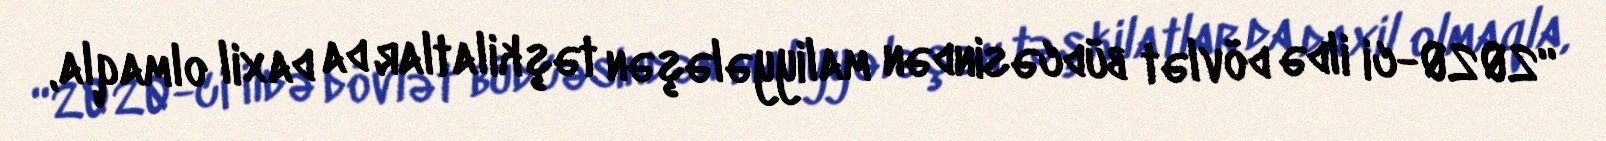
“2020-ci ildə dövlət büdcəsindən maliyyələşən təşkilatlar da daxil olmaqla,